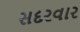
સદરવાર